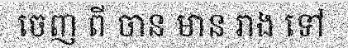
ចេញ ពី ចាន មាន រាង ទៅ